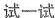
试一试